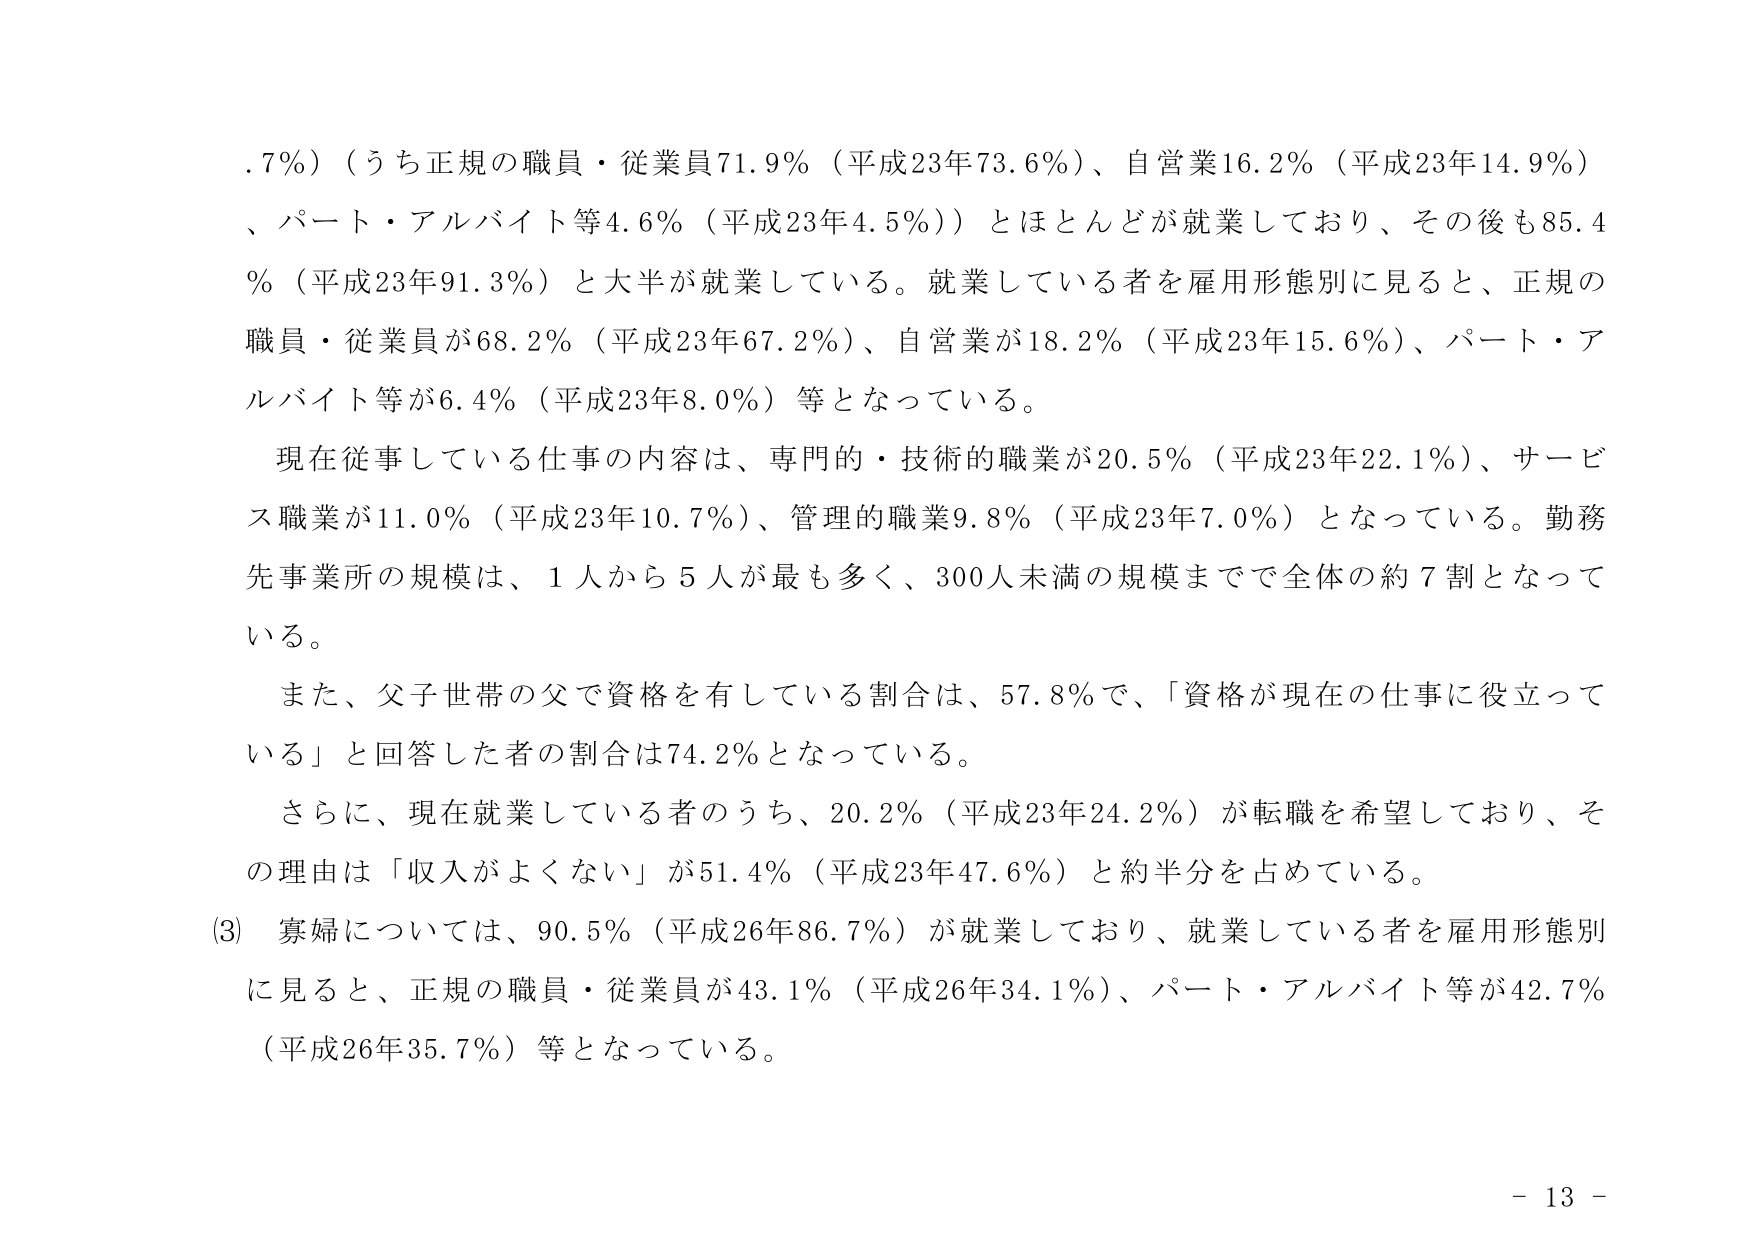
.7％）（うち正規の職員・従業員71.9％（平成23年73.6％）、自営業16.2％（平成23年14.9％）、パート・アルバイト等4.6％（平成23年4.5％））とほとんどが就業しており、その後も85.4％（平成23年91.3％）と大半が就業している。就業している者を雇用形態別に見ると、正規の職員・従業員が68.2％（平成23年67.2％）、自営業が18.2％（平成23年15.6％）、パート・アルバイト等が6.4％（平成23年8.0％）等となっている。

現在従事している仕事の内容は、専門的・技術的職業が20.5％（平成23年22.1％）、サービス職業が11.0％（平成23年10.7％）、管理的職業9.8％（平成23年7.0％）となっている。勤務先事業所の規模は、1人から5人が最も多く、300人未満の規模までで全体の約7割となっている。

また、父子世帯の父で資格を有している割合は、57.8％で、「資格が現在の仕事に役立っている」と回答した者の割合は74.2％となっている。

さらに、現在就業している者のうち、20.2％（平成23年24.2％）が転職を希望しており、その理由は「収入がよくない」が51.4％（平成23年47.6％）と約半分を占めている。

(3) 寡婦については、90.5％（平成26年86.7％）が就業しており、就業している者を雇用形態別に見ると、正規の職員・従業員が43.1％（平成26年34.1％）、パート・アルバイト等が42.7％（平成26年35.7％）等となっている。

- 13 -